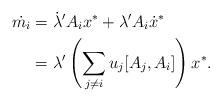
LaTeX: \begin{align*}\dot{m_i}&=\dot{\lambda}'A_ix^*+ \lambda' A_i \dot{x}^*\\ &=\lambda' \left(\sum_{j\neq i}{u_j[A_j,A_i]}\right)x^*.\end{align*}